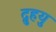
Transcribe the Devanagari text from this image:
द्रुुहयु